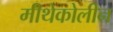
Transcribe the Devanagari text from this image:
मीथेकोलीन